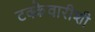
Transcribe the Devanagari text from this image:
टक्केवारीशी